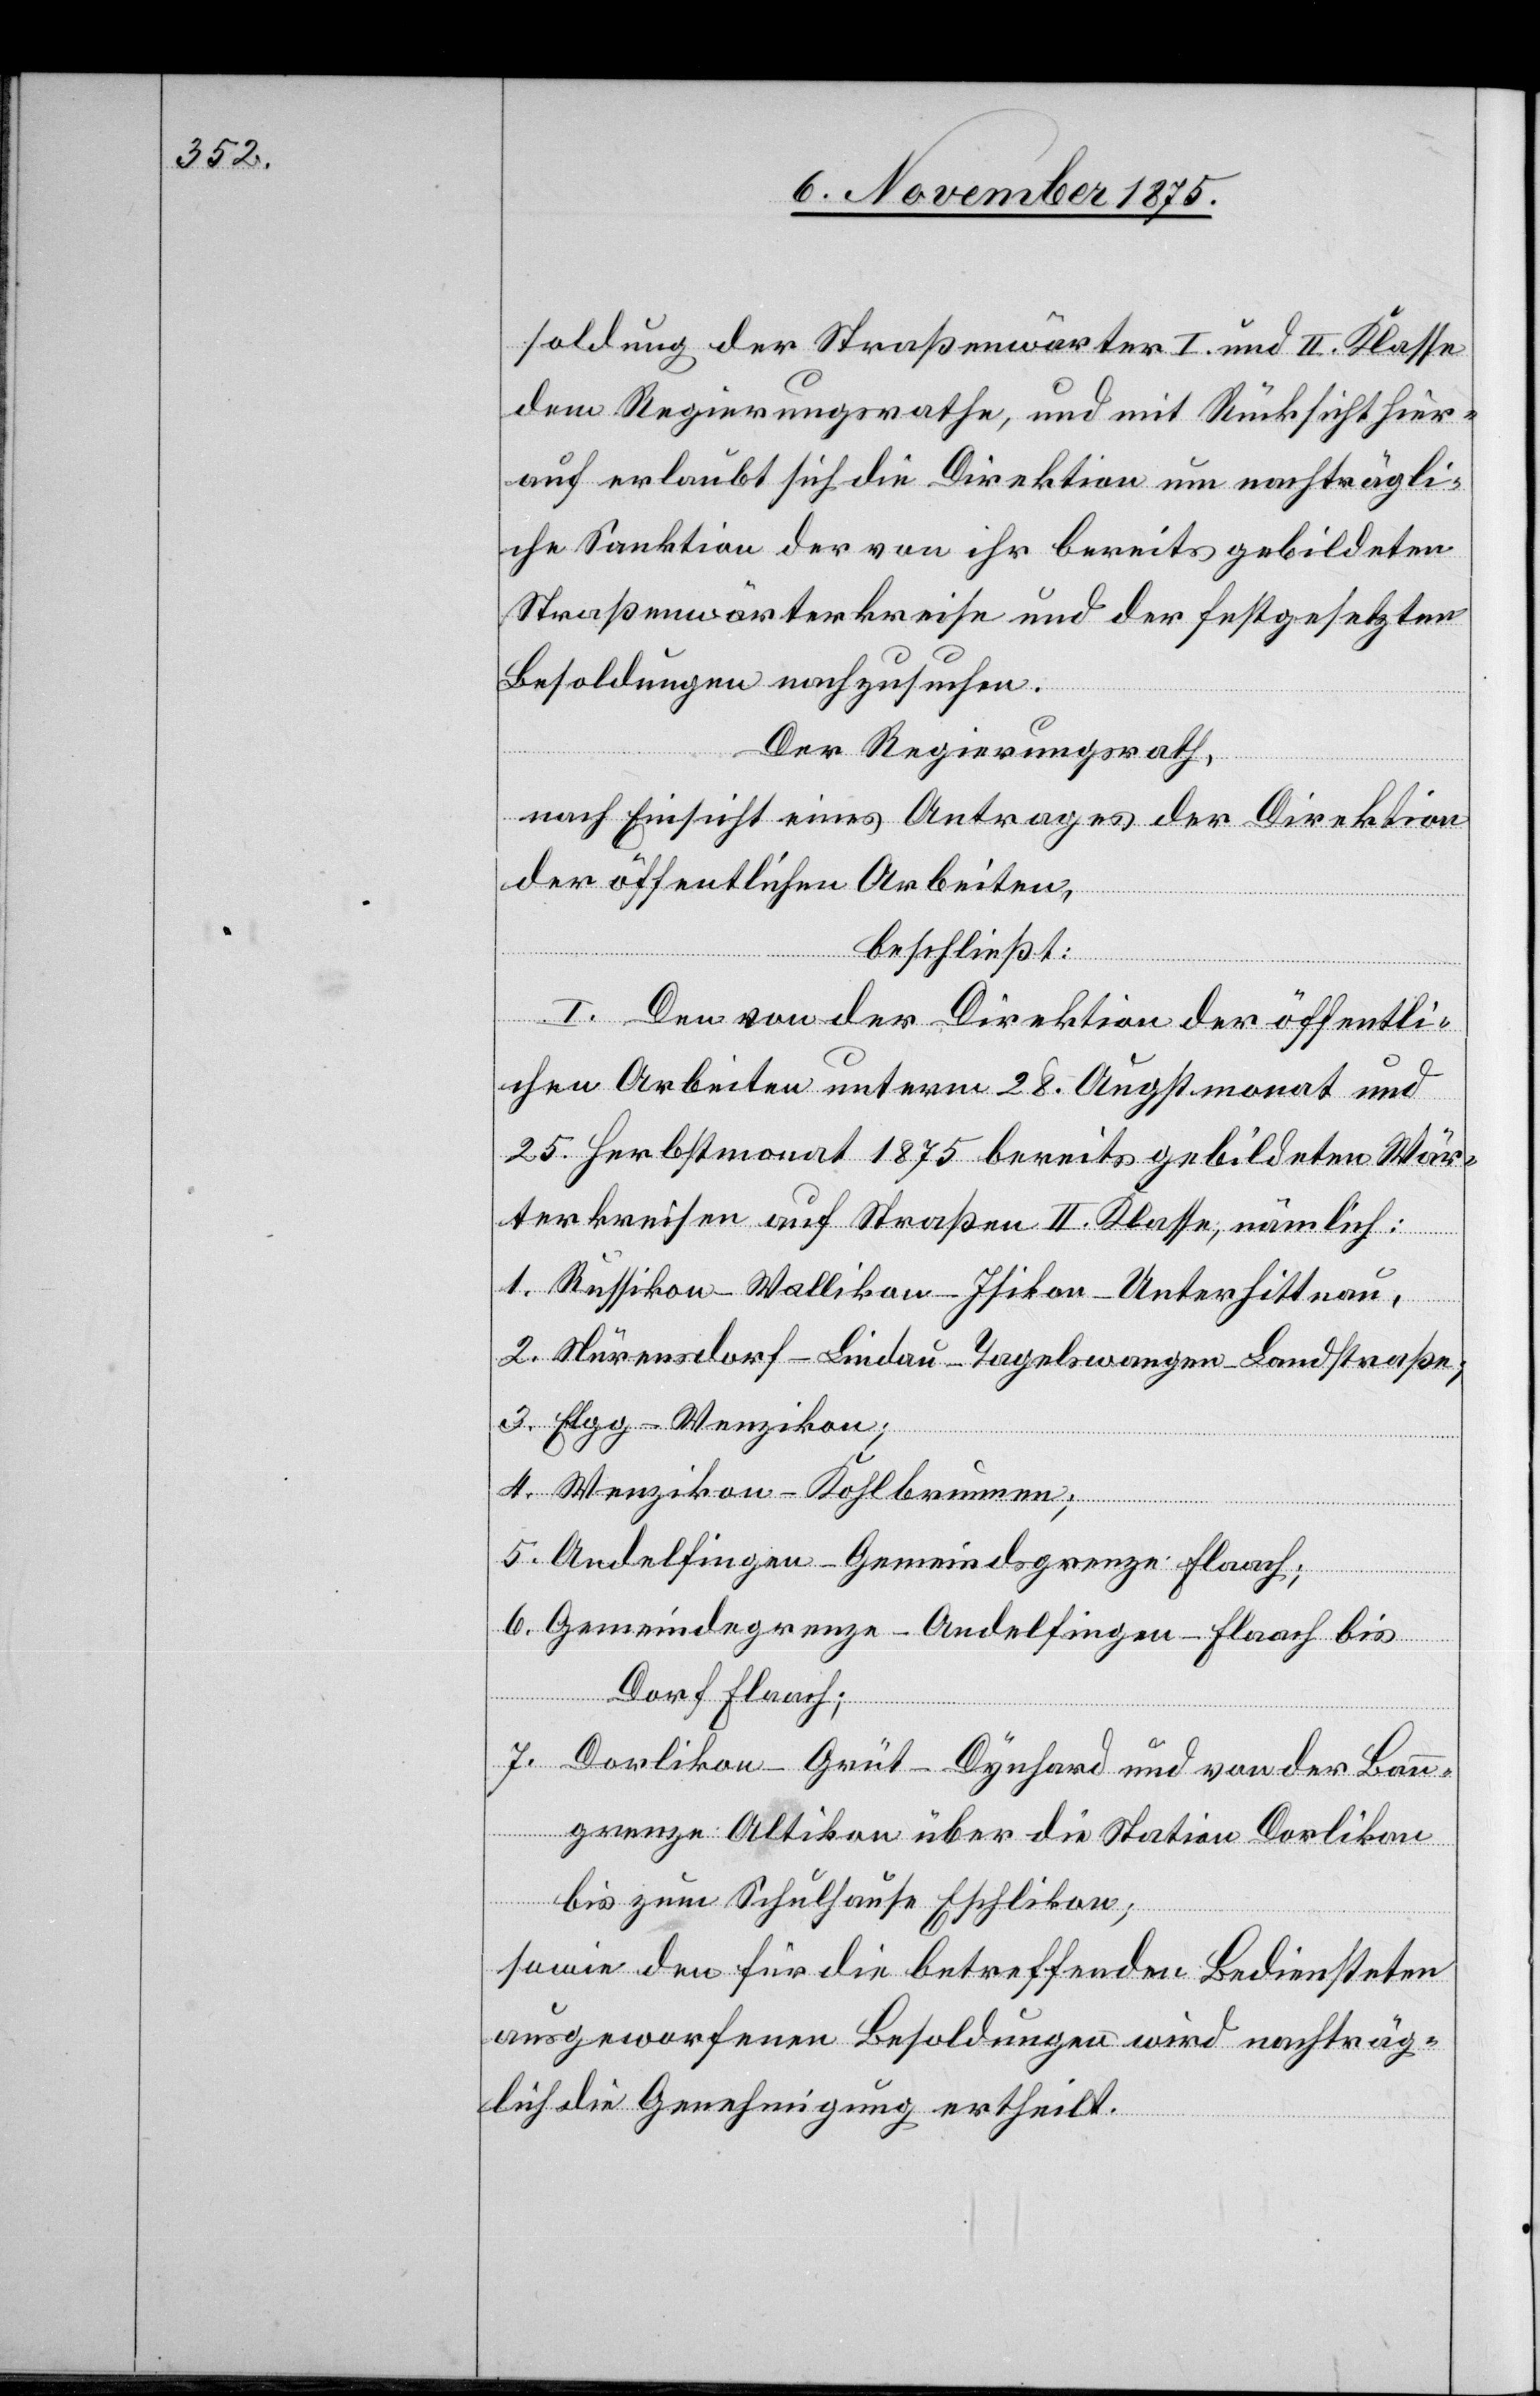
soldung der Straßenwärter I. und II. Klasse
dem Regierungsrathe, und mit Rücksicht hier¬
auf erlaubt sich die Direktion um nachträgli¬
che Sanktion der von ihr bereits gebildeten
Straßenwärterkreise und der festgesetzten
Besoldungen nachzusuchen.
Der Regierungsrath,
nach Einsicht eines Antrages der Direktion
der öffentlichen Arbeiten,
beschließt:
I. Den von der Direktion der öffentli¬
chen Arbeiten unterm 28. Augstmonat und
25. Herbstmonat 1875 bereits gebildeten Wär¬
terkreisen auf Straßen II. Klasse, nämlich:
1. Russikon–Wallikon–Isikon–Unterhittnau;
2. Nürensdorf–Lindau–Tagelswangen–Landstraße;
3. Elgg–Wenzikon;
4. Wenzikon–Kohlbrunnen;
5. Andelfingen–Gemeindsgrenze Flaach;
6. Gemeindegrenze–Andelfingen–Flaach bis
Dorf Flaach;
7. Dorlikon–Grüt–Dynhard und von der Ban¬
ngrenze Altikon über die Station Dorlikon
bis zum Schulhause Eschlikon;
sowie den für die betreffenden Bediensteten
ausgeworfenen Besoldungen wird nachträg¬
lich die Genehmigung ertheilt.